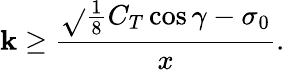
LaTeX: \mathbf{k}\geq\frac{{\sqrt{}{{\frac{{1}}{{8}}C_{T}\cos{\gamma}}}-\sigma_{0}}}{{x}}.